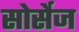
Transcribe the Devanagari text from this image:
सोर्सेज